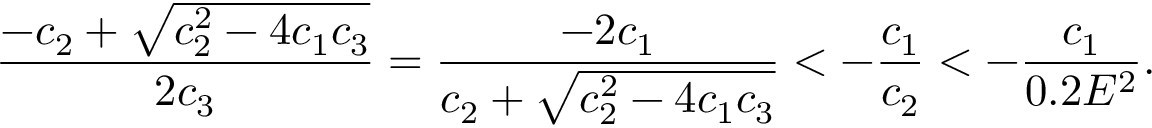
\frac { - c _ { 2 } + \sqrt { c _ { 2 } ^ { 2 } - 4 c _ { 1 } c _ { 3 } } } { 2 c _ { 3 } } = \frac { - 2 c _ { 1 } } { c _ { 2 } + \sqrt { c _ { 2 } ^ { 2 } - 4 c _ { 1 } c _ { 3 } } } < - \frac { c _ { 1 } } { c _ { 2 } } < - \frac { c _ { 1 } } { 0 . 2 E ^ { 2 } } .